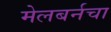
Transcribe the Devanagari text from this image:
मेलबर्नचा